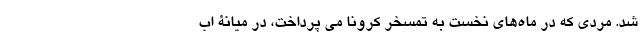
شد. مردی که در ماه‌های نخست به تمسخر کرونا می پرداخت، در میانۀ اب